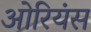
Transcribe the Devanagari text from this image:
ओरियंस